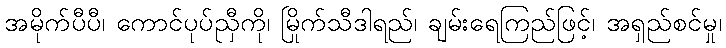
အမိုက်ပီပီ၊ ကောင်ပုပ်ညှီကို၊ မြိုက်သီဒါရည်၊ ချမ်းရေကြည်ဖြင့်၊ အရှည်စင်မှု၊